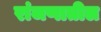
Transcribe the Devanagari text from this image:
रांजणातील